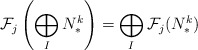
\begin{align*} \mathcal{F}_{j} \left( \bigoplus_I N_*^k \right) = \bigoplus_I \mathcal{F}_j (N_*^k) \end{align*}